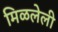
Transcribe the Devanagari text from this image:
मिळलेली